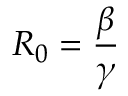
R _ { 0 } = \frac { \beta } { \gamma }